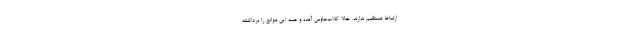
ارتباط مستقيم ندارند. حالا كلاب‌هاوس آمده و همه اين موانع را برداشته